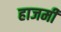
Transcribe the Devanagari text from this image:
हाजमी